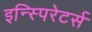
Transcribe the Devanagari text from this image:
इन्स्पिरेटर्स